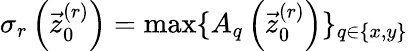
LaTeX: \sigma_{r}\left(\vec{z}_{0}^{(r)}\right)=\operatorname*{max}\{ A_{q}\left(\vec{z}_{0}^{(r)}\right)\} _{q\in\{ x,y\} }